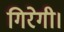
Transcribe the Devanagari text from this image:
गिरेगी।